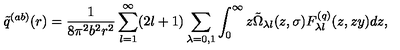
\tilde { q } ^ { ( a b ) } ( r ) = \frac { 1 } { 8 \pi ^ { 2 } b ^ { 2 } r ^ { 2 } } \sum _ { l = 1 } ^ { \infty } ( 2 l + 1 ) \sum _ { \lambda = 0 , 1 } \int _ { 0 } ^ { \infty } { z \tilde { \Omega } _ { \lambda l } ( z , \sigma ) F _ { \lambda l } ^ { ( q ) } ( z , z y ) d z } ,